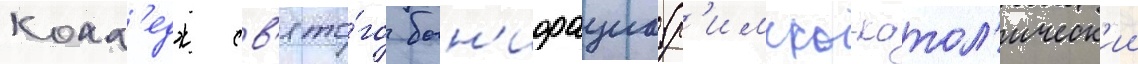
колл'едж св'ято́го бон'ифациа (р'имско-катол'ическ'ии